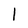
Character: l